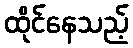
ထိုင်နေသည့်